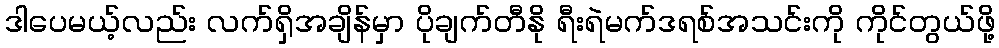
ဒါပေမယ့်လည်း လက်ရှိအချိန်မှာ ပိုချက်တီနို ရီးရဲမက်ဒရစ်အသင်းကို ကိုင်တွယ်ဖို့